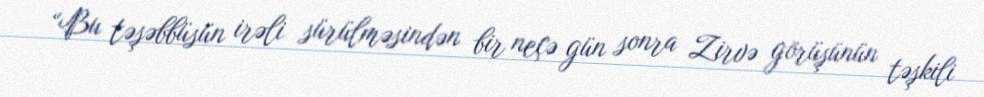
“Bu təşəbbüsün irəli sürülməsindən bir neçə gün sonra Zirvə görüşünün təşkili